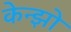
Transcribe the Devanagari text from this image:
केन्झो